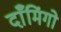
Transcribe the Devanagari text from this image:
दाँमिंगो